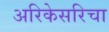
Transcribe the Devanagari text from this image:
अरिकेसरिचा